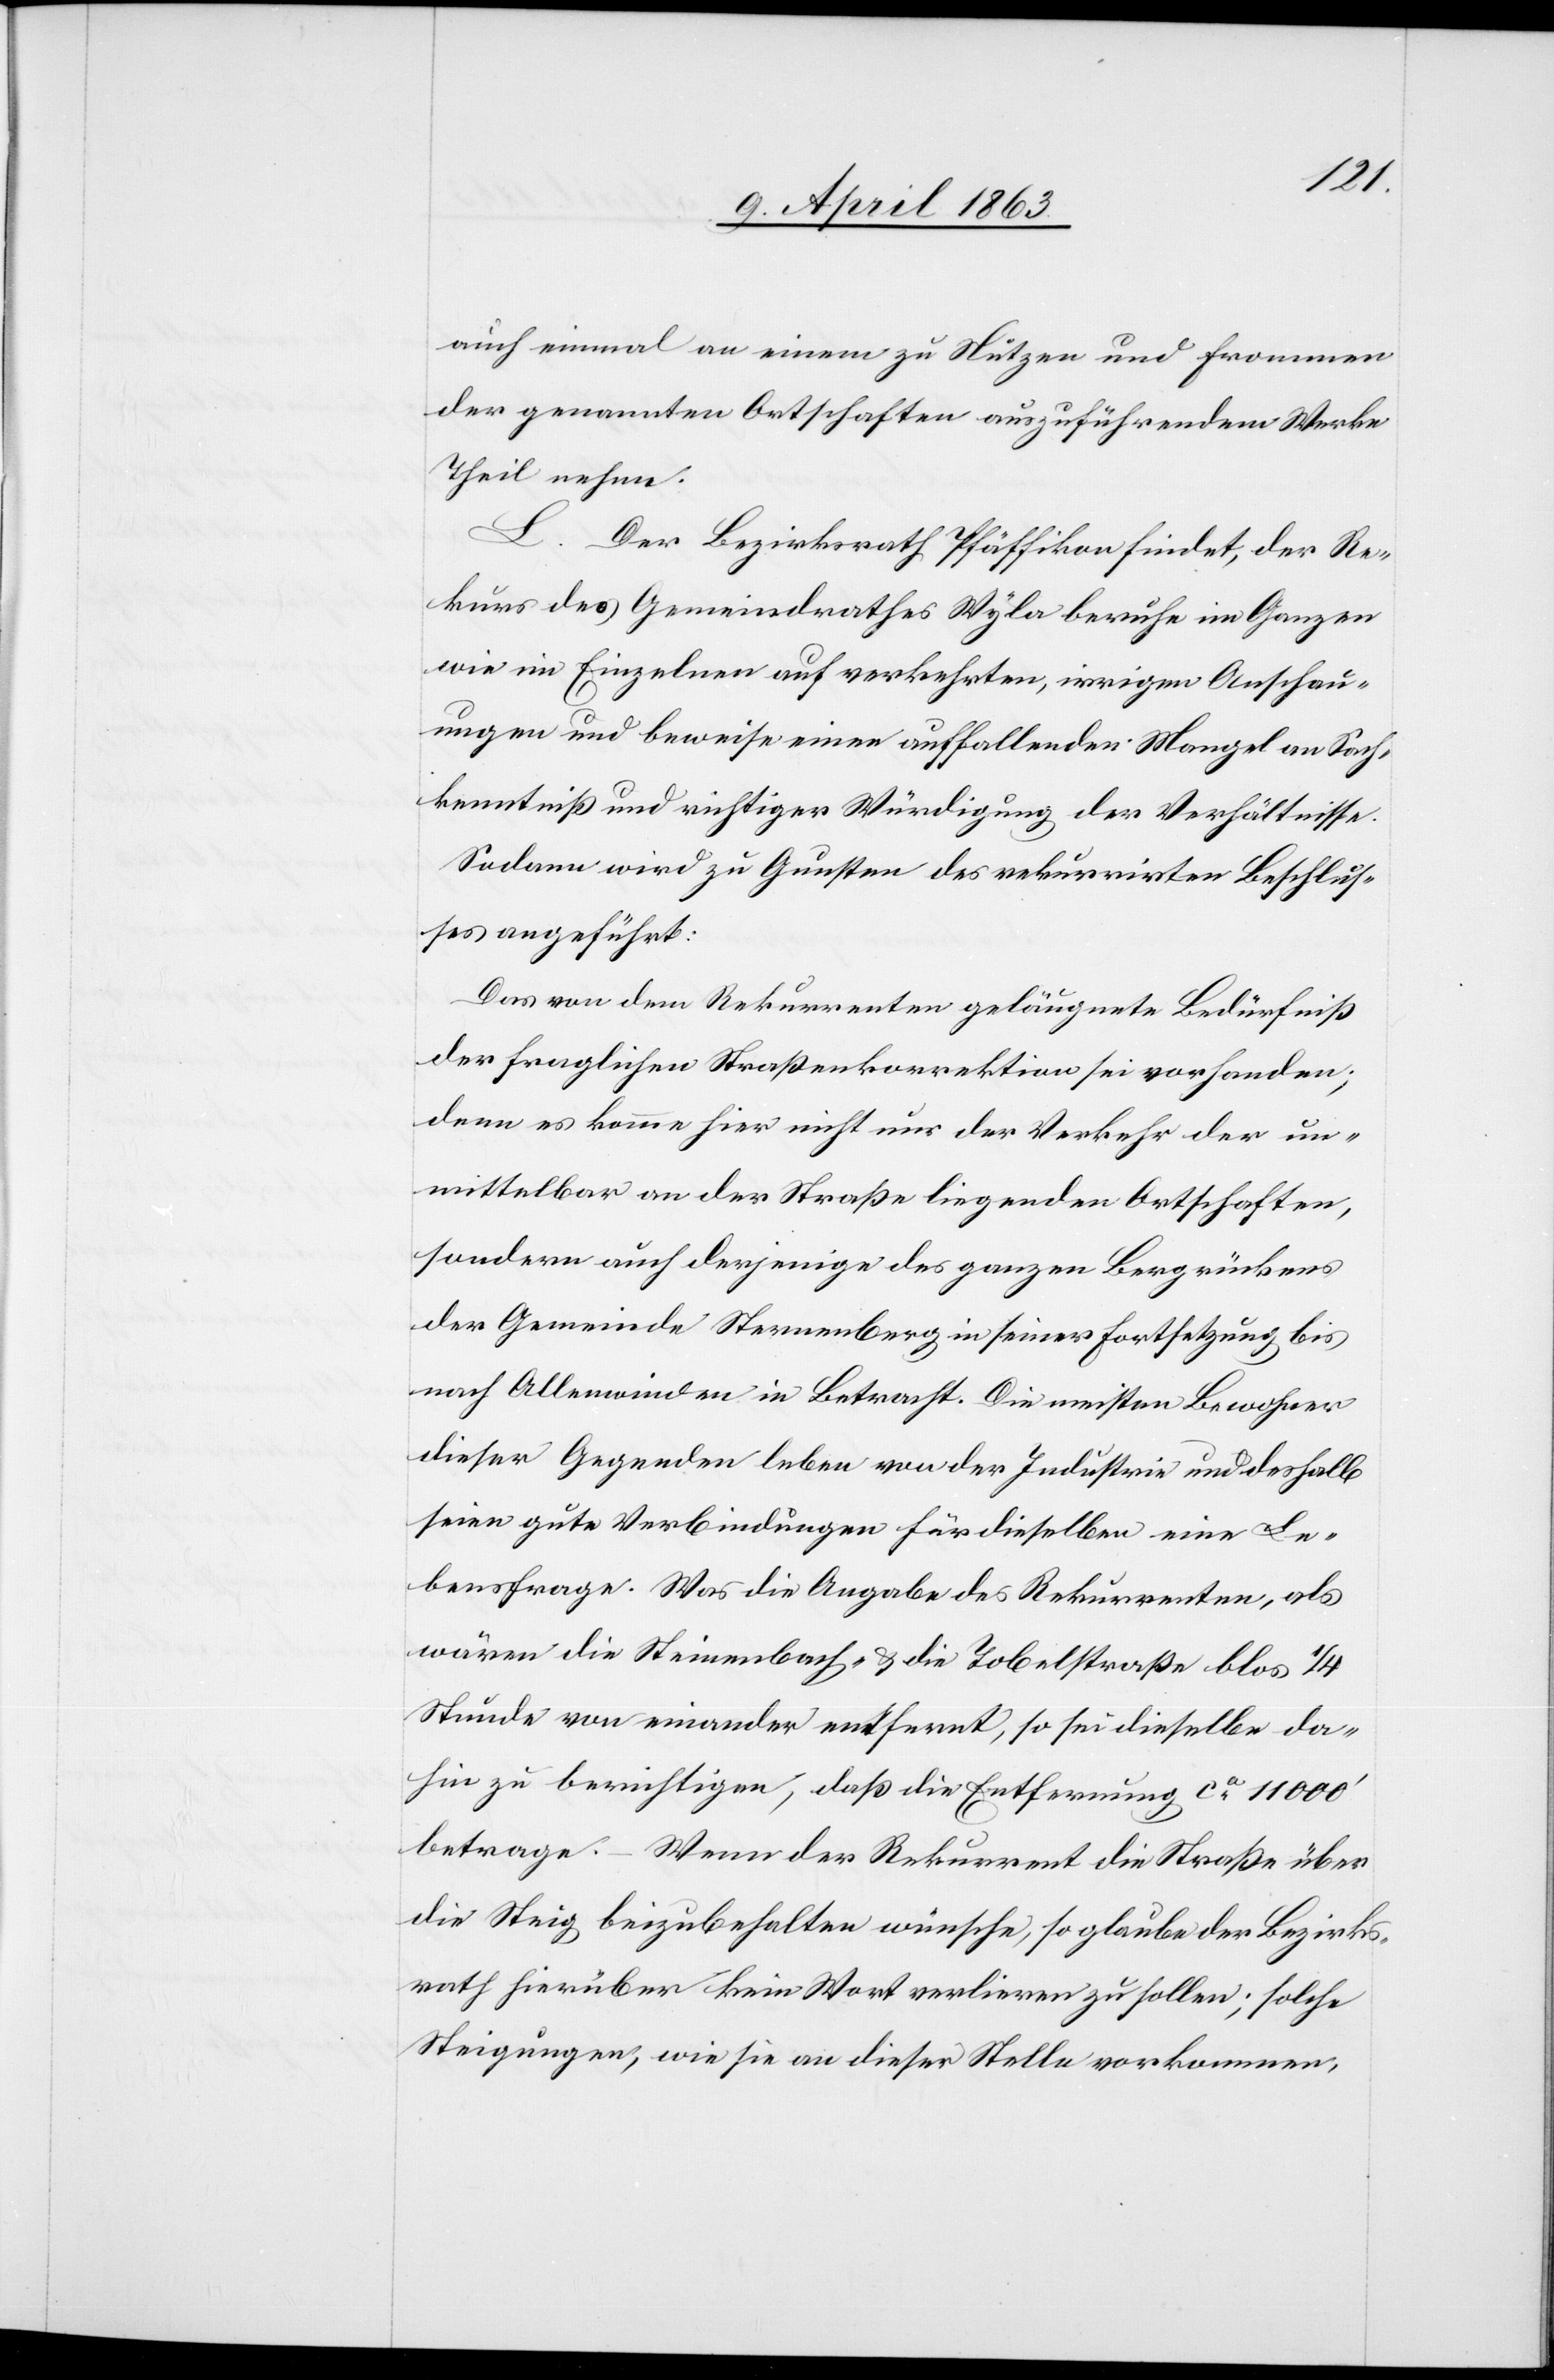
auch einmal an einem zu Nutzen und Frommen
der genannten Ortschaften auszuführendem Werke
Theil nehme.
L. Der Bezirksrath Pfäffikon findet, der Re¬
kurs des Gemeindrathes Wyla beruhe im Ganzen
wie im Einzelnen auf verkehrten, irrigen Anschau¬
ungen und beweise einen auffallenden Mangel an Sach¬
kenntniß und richtiger Würdigung der Verhältnisse.
Sodann wird zu Gunsten des rekurrirten Beschlus¬
ses angeführt:
Das von dem Rekurrenten geläugnete Bedürfniß
der fraglichen Straßenkorrektion sei vorhanden;
denn es komme hier nicht nur der Verkehr der un¬
mittelbar an der Straße liegenden Ortschaften,
sondern auch derjenige des ganzen Bergrückens
der Gemeinde Sternenberg in seiner Fortsetzung bis
nach Allenwinden in Betracht. Die meisten Bewohner
dieser Gegenden leben von der Industrie und deshalb
seien gute Verbindungen für dieselben eine Le¬
bensfrage. Was die Angabe des Rekurrenten, als
wären die Steinenbach- & die Tobelstraße blos 1/4
Stunde von einander entfernt, so sei dieselbe da¬
hin zu berichtigen, daß die Entfernung ca 11 000'
betrage. – Wenn der Rekurrent die Straße über
die Steig beizubehalten wünsche, so glaube der Bezirks¬
rath hierüber kein Wort verlieren zu sollen; solche
Steigungen, wie sie an dieser Stelle vorkommen,